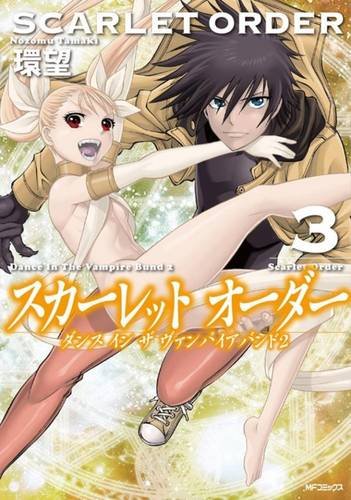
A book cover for Dance in the Vampire Bund II: Scarlet Order Vol. 3; Nozomu Tamaki; Comics & Graphic Novels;